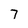
Character: 7